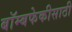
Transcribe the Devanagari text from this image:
बॉम्बफेकीसाठी